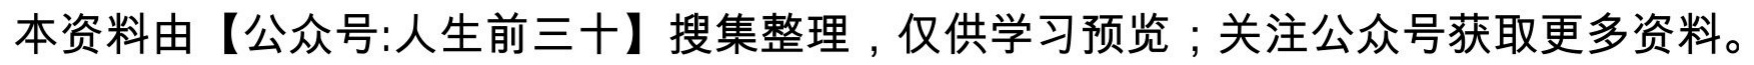
本资料由【公众号:人生前三十】搜集整理，仅供学习预览；关注公众号获取更多资料。